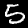
Digit: 5